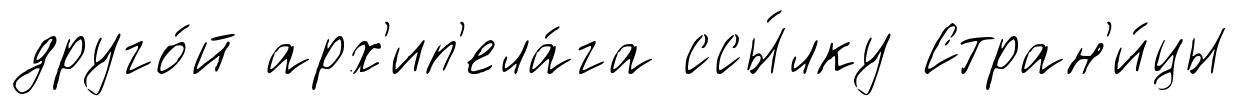
друго́й арх'ип'ела́га ссы́лку Стран'и́цы